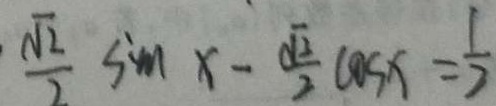
\frac { \sqrt { 2 } } { 2 } \sin x - \frac { \sqrt { 2 } } { 2 } \cos x = \frac { 1 } { 2 }